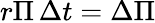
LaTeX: r\Pi\, \Delta t=\Delta\Pi